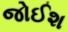
જોઈશ